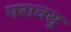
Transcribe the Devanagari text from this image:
परावसु